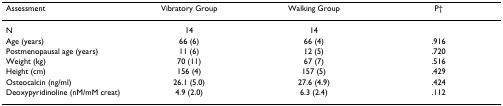
| Assessment | Vibratory Group | Walking Group | P† |
 | --- | --- | --- | --- |
 | N | 14 | 14 |  |
 | Age (years) | 66 (6) | 66 (4) | .916 |
 | Postmenopausal age (years) | 11 (6) | 12 (5) | .720 |
 | Weight (kg) | 70 (11) | 67 (7) | .516 |
 | Height (cm) | 156 (4) | 157 (5) | .429 |
 | Osteocalcin (ng/ml) | 26.1 (5.0) | 27.6 (4.9) | .424 |
 | Deoxypyridinoline (nM/mM creat) | 4.9 (2.0) | 6.3 (2.4) | .112 |